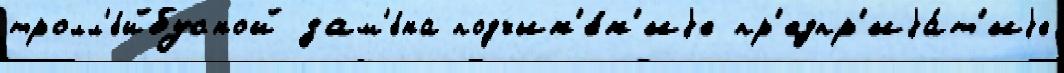
тролл'е́йбусной зам'е́на подчин'е́н'иjе пр'едпр'иjа́т'иjе